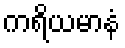
ကရိယမာနံ